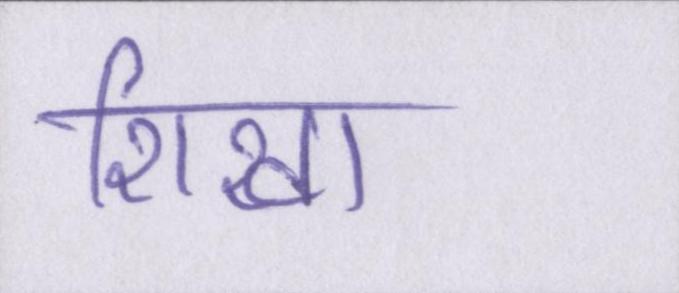
शिखा